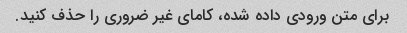
برای متن ورودی داده شده، کامای غیر ضروری را حذف کنید.